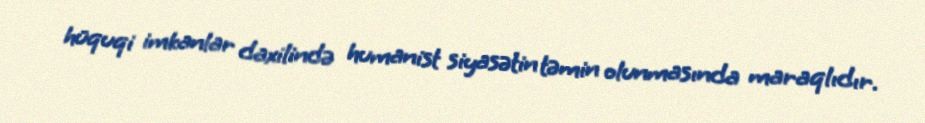
hüquqi imkanlar daxilində humanist siyasətin təmin olunmasında maraqlıdır.